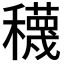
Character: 𥣫